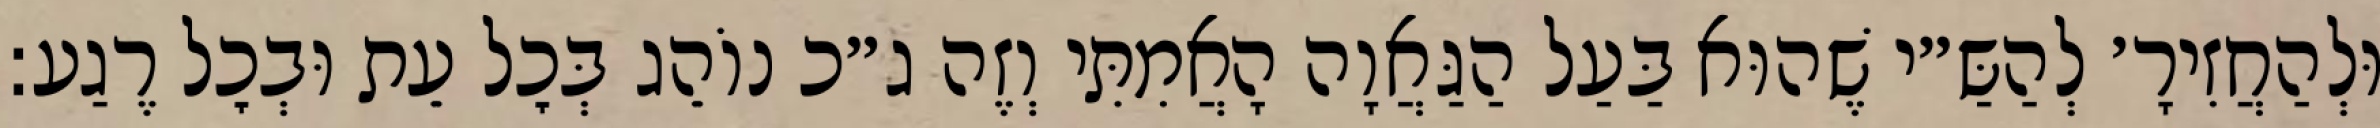
וּלְהַחֲזִירָ׳ לְהַשַּ״י שֶׁהוּא בַּעַל הַגַּאֲוָה הָאֲמִתִּי וְזֶה ג״כ נוֹהֵג בְּכׇל עֵת וּבְכׇל רֶגַע: